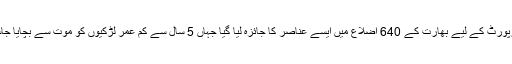
مذکورہ رپورٹ کے لیے بھارت کے 640 اضلاع میں ایسے عناصر کا جائزہ لیا گیا جہاں 5 سال سے کم عمر لڑکیوں کو موت سے بچایا جاسکتا ہے۔